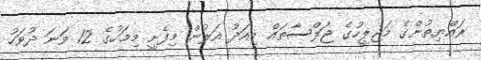
ރައްޔިތުންގެ މަޖިލީހުގެ ޖަލްސާތައް މިއަދު އަލުން މިފެށީ މިމަހުގެ 12 ވަނަ ދުވަހު